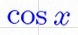
\cos x